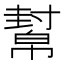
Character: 幫